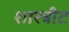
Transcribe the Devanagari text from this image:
शास्त्रीट